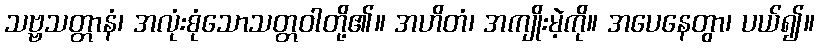
သဗ္ဗသတ္တာနံ၊ အလုံးစုံသောသတ္တဝါတို့၏။ အဟိတံ၊ အကျိုးမဲ့ကို။ အပေနေတွာ၊ ပယ်၍။